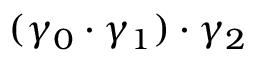
( \gamma _ { 0 } \cdot \gamma _ { 1 } ) \cdot \gamma _ { 2 }